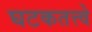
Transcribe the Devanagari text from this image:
घटकतत्त्वे